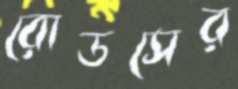
রোডসের